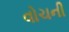
વોચની